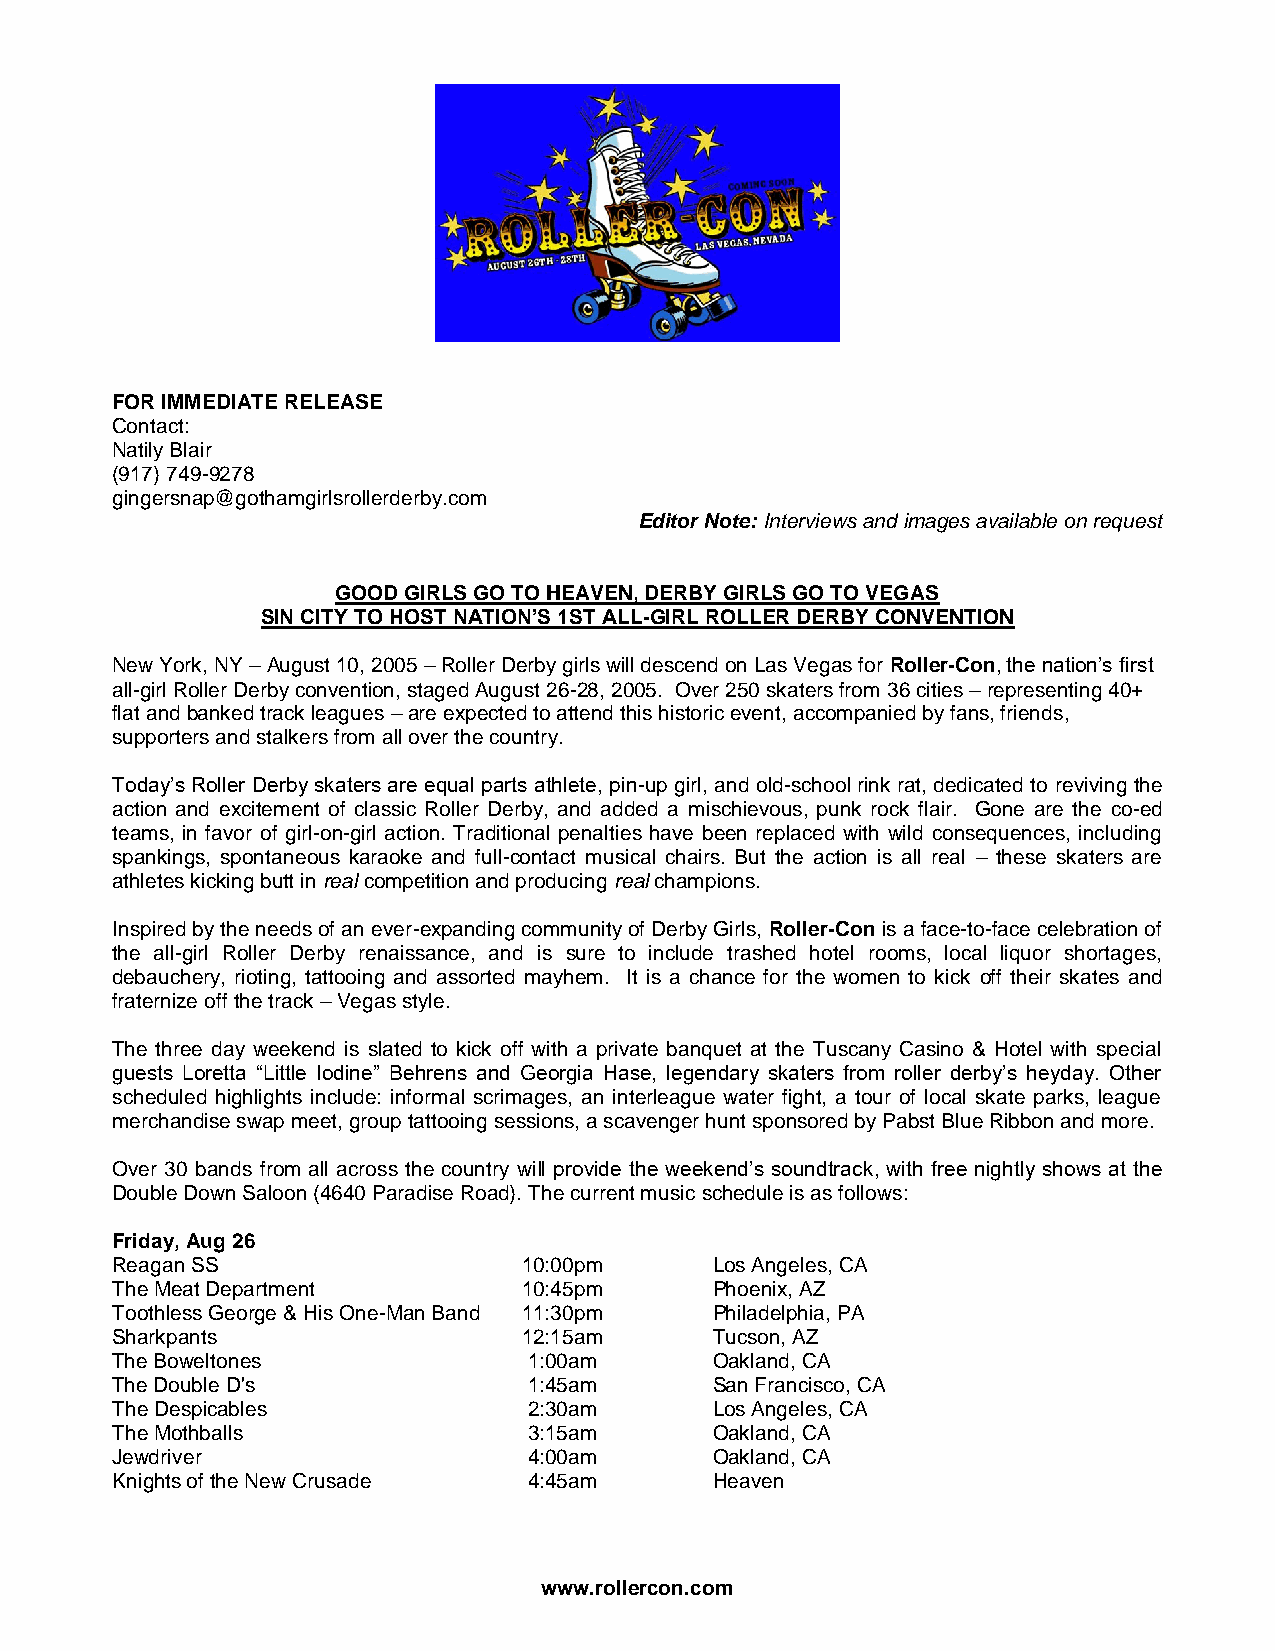
FOR IMMEDIATE RELEASE
 Contact:
 Natily Blair
 (917) 749-9278
 gingersnap@gothamgirlsrollerderby.com
 Editor Note: Interviews and images available on request
 GOOD GIRLS GO TO HEAVEN, DERBY GIRLS GO TO VEGAS
 SIN CITY TO HOST NATION’S 1ST ALL-GIRL ROLLER DERBY CONVENTION
 New York, NY – August 10, 2005 – Roller Derby girls will descend on Las Vegas for Roller-Con, the nation’s first
 all-girl Roller Derby convention, staged August 26-28, 2005. Over 250 skaters from 36 cities – representing 40+
 flat and banked track leagues – are expected to attend this historic event, accompanied by fans, friends,
 supporters and stalkers from all over the country.
 Today’s Roller Derby skaters are equal parts athlete, pin-up girl, and old-school rink rat, dedicated to reviving the
 action and excitement of classic Roller Derby, and added a mischievous, punk rock flair. Gone are the co-ed
 teams, in favor of girl-on-girl action. Traditional penalties have been replaced with wild consequences, including
 spankings, spontaneous karaoke and full-contact musical chairs. But the action is all real – these skaters are
 athletes kicking butt in real competition and producing real champions.
 Inspired by the needs of an ever-expanding community of Derby Girls, Roller-Con is a face-to-face celebration of
 the all-girl Roller Derby renaissance, and is sure to include trashed hotel rooms, local liquor shortages,
 debauchery, rioting, tattooing and assorted mayhem. It is a chance for the women to kick off their skates and
 fraternize off the track – Vegas style.
 The three day weekend is slated to kick off with a private banquet at the Tuscany Casino & Hotel with special
 guests Loretta “Little Iodine” Behrens and Georgia Hase, legendary skaters from roller derby’s heyday. Other
 scheduled highlights include: informal scrimages, an interleague water fight, a tour of local skate parks, league
 merchandise swap meet, group tattooing sessions, a scavenger hunt sponsored by Pabst Blue Ribbon and more.
 Over 30 bands from all across the country will provide the weekend’s soundtrack, with free nightly shows at the
 Double Down Saloon (4640 Paradise Road). The current music schedule is as follows:
 Friday, Aug 26
 Reagan SS                   10:00pm     Los Angeles, CA
 The Meat Department         10:45pm     Phoenix, AZ
 Toothless George & His One-Man Band 11:30pm Philadelphia, PA
 Sharkpants                  12:15am     Tucson, AZ
 The Boweltones              1:00am      Oakland, CA
 The Double D's              1:45am      San Francisco, CA
 The Despicables             2:30am      Los Angeles, CA
 The Mothballs               3:15am      Oakland, CA
 Jewdriver                   4:00am      Oakland, CA
 Knights of the New Crusade  4:45am      Heaven
 www.rollercon.com